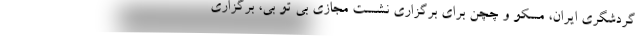
گردشگری ایران، مسکو و چچن برای برگزاری نشست مجازی بی تو بی، برگزاری